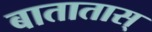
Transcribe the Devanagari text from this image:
बातातास्